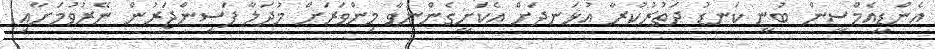
އެންޑީއެމްސީން ބުނީ ކަނޑު ދަތުރުކުރާ އުޅަނދަށް އެކަށީގެންނުވާ މިންވަރަށް މުދަލާ ފަސިންޖަރުން ނޭރުވުމަށާއި